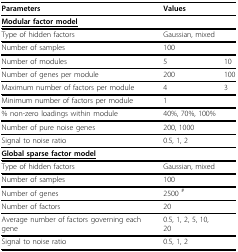
<table><thead><tr><td><b>Parameters</b></td><td><b>Values</b></td><td></td></tr></thead><tbody><tr><td><b><underline>Modular factor model</underline></b></td><td></td><td></td></tr><tr><td>Type of hidden factors</td><td>Gaussian, mixed</td><td></td></tr><tr><td>Number of samples</td><td>100</td><td></td></tr><tr><td>Number of modules</td><td>5</td><td>10</td></tr><tr><td>Number of genes per module</td><td>200</td><td>100</td></tr><tr><td>Maximum number of factors per module</td><td>4</td><td>3</td></tr><tr><td>Minimum number of factors per module</td><td>1</td><td></td></tr><tr><td>% non-zero loadings within module</td><td>40%, 70%, 100%</td><td></td></tr><tr><td>Number of pure noise genes</td><td>200, 1000</td><td></td></tr><tr><td>Signal to noise ratio</td><td>0.5, 1, 2</td><td></td></tr><tr><td><b><underline>Global sparse factor model</underline></b></td><td></td><td></td></tr><tr><td>Type of hidden factors</td><td>Gaussian, mixed</td><td></td></tr><tr><td>Number of samples</td><td>100</td><td></td></tr><tr><td>Number of genes</td><td>2500 <sup>#</sup></td><td></td></tr><tr><td>Number of factors</td><td>20</td><td></td></tr><tr><td>Average number of factors governing each gene</td><td>0.5, 1, 2, 5, 10, 20</td><td></td></tr><tr><td>Signal to noise ratio</td><td>0.5, 1, 2</td><td></td></tr></tbody></table>